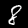
Label: 8